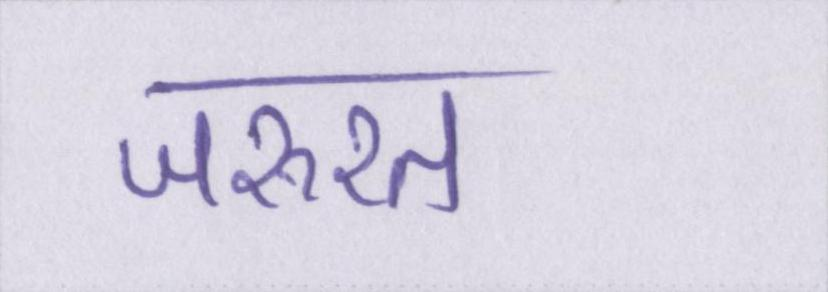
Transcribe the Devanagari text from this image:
जरूरत